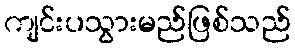
ကျင်းပသွားမည်ဖြစ်သည်